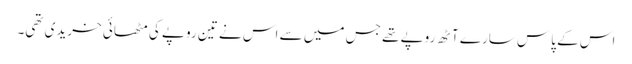
اس کے پاس سارے آٹھ روپے تھے جس میں سے اس نے تین روپے کی مٹھائی خریدی تھی۔